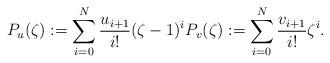
LaTeX: \begin{align*}P_u(\zeta):=\sum_{i=0}^N \frac{u_{i+1}}{i!} (\zeta-1)^{i} P_v(\zeta):=\sum_{i=0}^N \frac{v_{i+1}}{i!} \zeta^{i}.\end{align*}